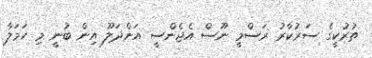
ތުރުކީގެ ސަރުކާރު ރަސްމީ ނޫސް އެޖެންސީ އަންދަލޫ އިން ބުނީ މި ހަމަލާ